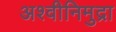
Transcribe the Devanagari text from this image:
अश्वीनिमुद्रा